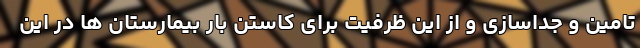
تامین و جداسازی و از این ظرفیت برای کاستن بار بیمارستان ها در این